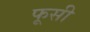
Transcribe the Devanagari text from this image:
फूसी